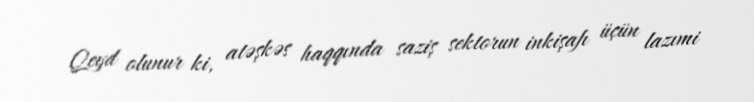
Qeyd olunur ki, atəşkəs haqqında saziş sektorun inkişafı üçün lazımi